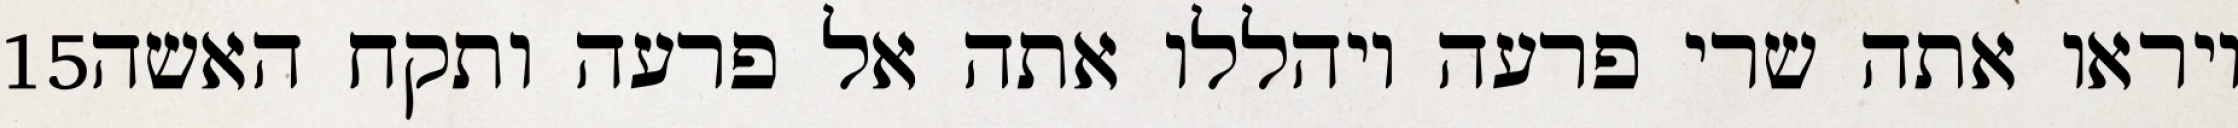
‎15‏ ויראו אתה שרי פרעה ויהללו אתה אל פרעה ותקח האשה